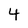
Character: 4